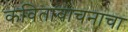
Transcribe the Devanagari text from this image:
कवितावाचनाचा